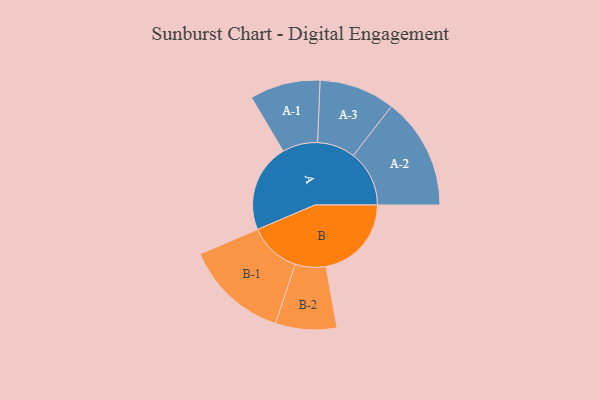
{"axis": {"x": "Segment", "y": "Value"}, "legend": ["", "A", "B"], "data": [{"x": "A", "y": 461, "type": ""}, {"x": "B", "y": 446, "type": ""}, {"x": "A-1", "y": 184, "type": "A"}, {"x": "A-2", "y": 292, "type": "A"}, {"x": "A-3", "y": 198, "type": "A"}, {"x": "B-1", "y": 271, "type": "B"}, {"x": "B-2", "y": 160, "type": "B"}]}